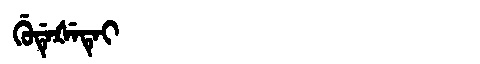
Manchu: ᡤᡠᡩᡝᡧᡝᡨᡝᡳ
Romanization: GUDEŠETEI